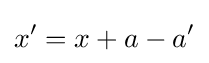
x'=x+a-a'